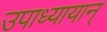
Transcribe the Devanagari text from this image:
उपाध्यायान्‌